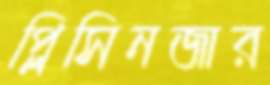
প্লিসিনজার